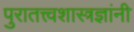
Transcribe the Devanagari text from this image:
पुरातत्त्वशास्त्रज्ञांनी